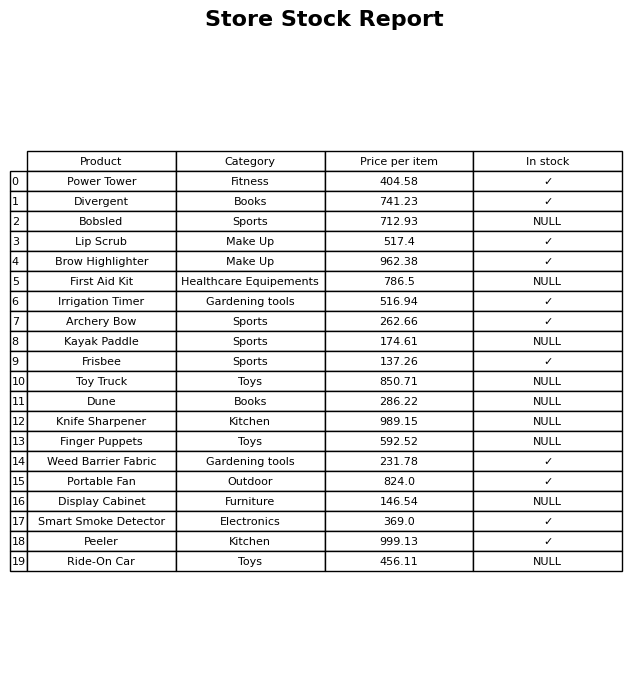
question: What is the price for Toy Truck?
answer: The price of Toy Truck is 850.71.